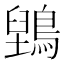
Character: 𮭇